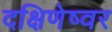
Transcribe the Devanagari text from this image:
दक्षिणेष्वर